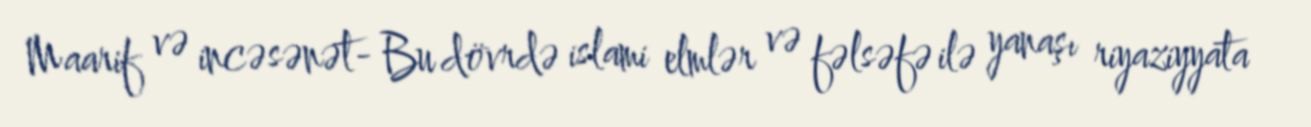
Maarif və incəsənət- Bu dövrdə islami elmlər və fəlsəfə ilə yanaşı riyaziyyata